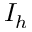
I _ { h }